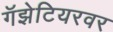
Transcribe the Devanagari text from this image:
गॅझेटियरवर